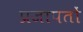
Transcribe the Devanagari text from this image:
प्रजापतों